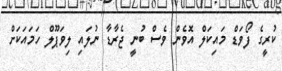
ކުރީގެ ފޯވަޑް މައިކަލް އޮވެން ވެސް ބުނީ ޖެރާޑާ ނުލައި ލިވަޕޫލް ހަމައަކަށް